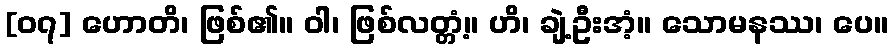
[၀၇] ဟောတိ၊ ဖြစ်၏။ ဝါ၊ ဖြစ်လတ္တံ့။ ဟိ၊ ချဲ့ဦးအံ့။ သောမနဿ၊ ပေ။